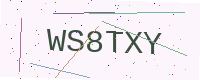
Text: WS8TXY